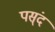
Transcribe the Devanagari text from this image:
पस्ंद